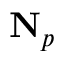
\mathbf { N } _ { p }